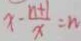
x - \frac { n + 1 } { x } = n